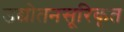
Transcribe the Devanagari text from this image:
उद्योतनसूरिकृत